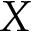
X